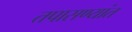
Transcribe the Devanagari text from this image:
तपासण्यांत